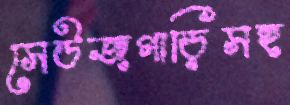
সেউজগাড়িসহ